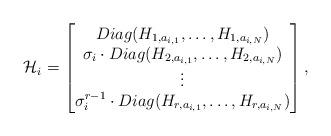
LaTeX: \begin{align*} \mathcal{H}_{i} =\begin{bmatrix}Diag(H_{1, a_{i, 1}}, \dots, H_{1, a_{i, N}}) \\\sigma_{i} \cdot Diag(H_{2, a_{i, 1}}, \dots, H_{2, a_{i, N}}) \\\vdots \\\sigma_{i}^{r - 1} \cdot Diag(H_{r, a_{i, 1}}, \dots, H_{r, a_{i, N}}) \\\end{bmatrix},\end{align*}